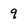
Character: 9